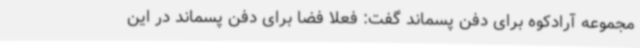
مجموعه آرادکوه برای دفن پسماند گفت: فعلا فضا برای دفن پسماند در این